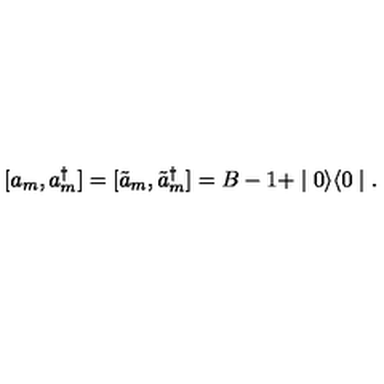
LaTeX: [ a _ { m } , a _ { m } ^ { \dagger } ] = [ \tilde { a } _ { m } , \tilde { a } _ { m } ^ { \dagger } ] = B - 1 + \mid 0 \rangle \langle 0 \mid .